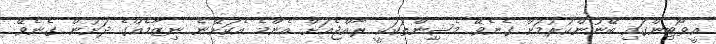
އީވޯޓިންގައި ބޭނުންކުރުމަށް ގެނެވޭ މެޝިިންތަކަކީ ރާއްޖެއަށް އެންމެ އެކަށޭނެ ނިޒާމެއްގެ ދަށުން ގެނެވޭ